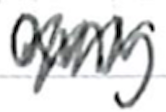
Text: any
Cross-out: zig-zag
Writing tool: ballpoint